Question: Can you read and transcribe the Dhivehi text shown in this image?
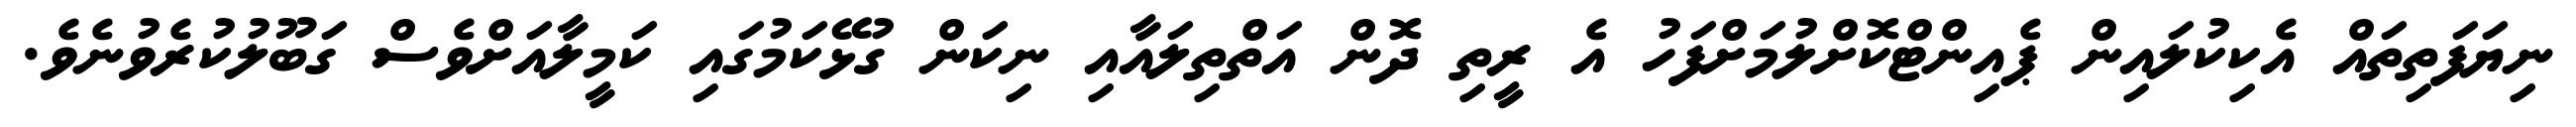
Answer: ނިޔަފަތިތައް އެކިކުލައިން ޕެއިންޓްކޮށްލުމަށްފަހު އެ ރީތި ދޮން އަތްތިލައާއި ނިކަން ގުޅޭކަމުގައި ކަމީލާއަށްވެސް ގަބޫލުކުރެވުނެވެ.